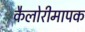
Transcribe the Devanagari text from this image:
कैलोरीमापक